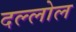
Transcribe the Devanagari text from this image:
दल्लोल